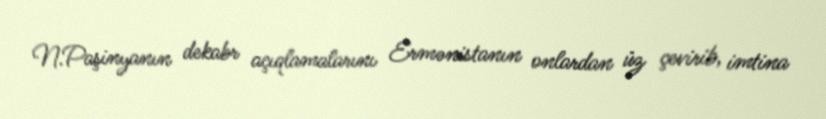
N.Paşinyanın dekabr açıqlamalarını Ermənistanın onlardan üz çevirib, imtina